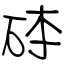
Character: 砵